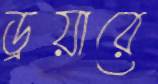
ড্রয়ারে